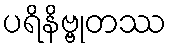
ပရိနိဗ္ဗုတဿ